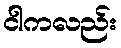
ငါကလည်း